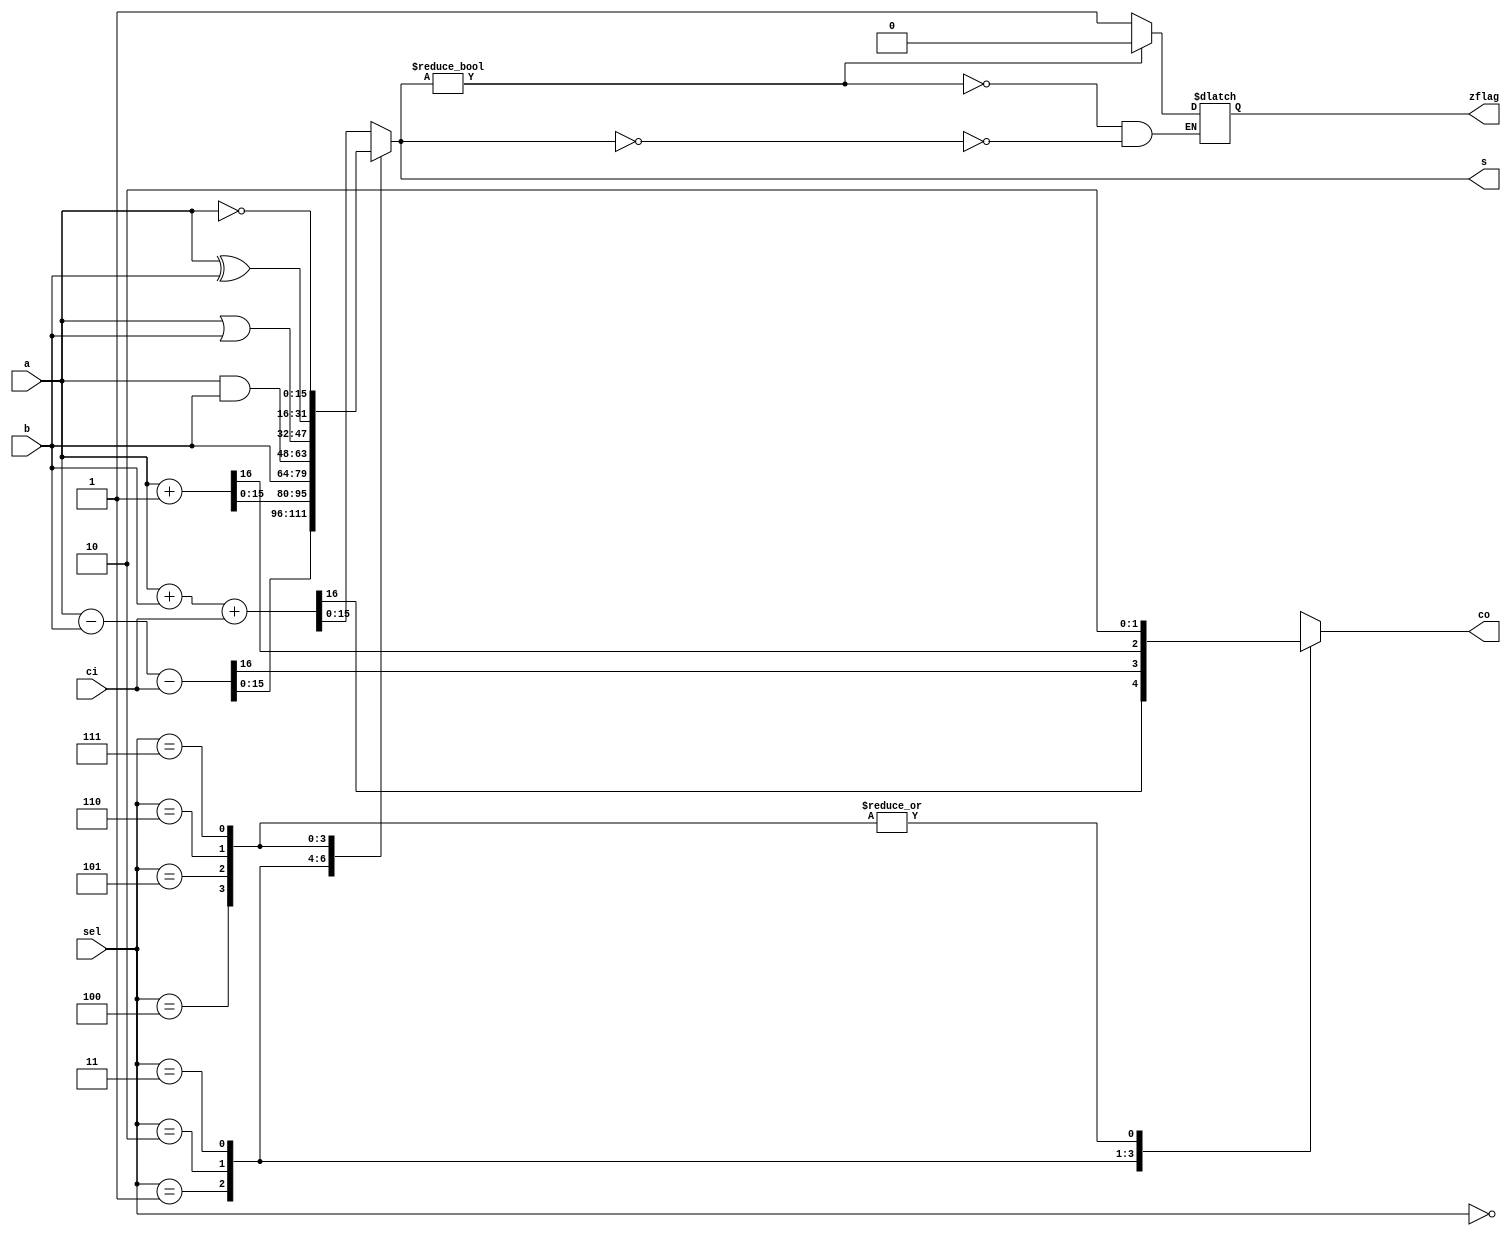
`timescale 1ns / 1ps
//////////////////////////////////////////////////////////////////////////////////
// Company: 
// Engineer: 
// 
// Design Name: 
// Module Name:    bp_alu 
// Project Name: 
// Target Devices: 
// Tool versions: 
// Description: 
//
// Dependencies: 
//
// Revision: 
// Revision 0.01 - File Created
// Additional Comments: 
//
//////////////////////////////////////////////////////////////////////////////////
module bp_alu(
    input [15:0] a,
    input [15:0] b,
    input ci,
    input [2:0] sel,
    output reg [15:0] s,
    output reg co,
    output reg zflag
    );




//Let's handle the select codes
always @(a,b,ci,sel) begin

	//Make the default value for the carry out to be 0
	co = 0;

	//Check all of the select codes
	case (sel) 
	
		//Addition with carry
		3'b000: begin
			{co,s} = a + b + ci;
		end
		
		//Subtraction with carry
		3'b001: begin
			{co,s} = a - b - ci;
		end

		//Increment a
		3'b010: begin
			{co,s} = a + 1;
		end

		//Select b with no operation
		3'b011: begin
			s = b;
			co = 1;
		end

		//Bitwise AND of a,b
		3'b100: begin
			s = a & b;
			co = 0;
		end

		//Bitwise OR of a,b
		3'b101: begin
			s = a | b;
			co = 0;
		end

		//Bitwise XOR of a,b
		3'b110: begin
			s = a ^ b;
			co = 0;
		end

		//Bitwise NOT of a
		3'b111: begin
			s = ~a;
			co = 0;
		end

	endcase

	//Highest priority stuff
	//case(s)
	//		1: zflag = 0;
	//		default: zflag = 1;
	//	endcase


//	Having some problems with the case statement, lets use a few ifs
//	instead.
	if (s == 0) zflag = 1;
	if (s != 0) zflag = 0;

end


endmodule